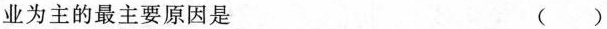
业为主的最主要原因是 ( )